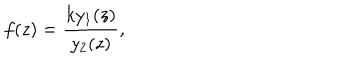
f ( z ) = \frac { k y _ { 1 } ( z ) } { y _ { 2 } ( z ) } ,